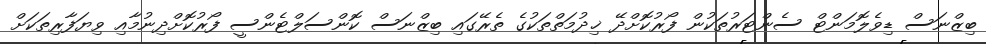
ބިޒްނަސް ޑިވެލޮމަންޓް ސެންޓަރުތަކުން ފޯރުކޮށްދޭ ޚިދުމަތްތަކުގެ ތެރޭގައި ބިޒްނަސް ކޮންސަލްޓެންސީ ފޯރުކޮށްދިނުމާއި ވިޔަފާރިތަކަށް